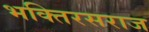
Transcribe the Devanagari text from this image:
भक्तिरसराज